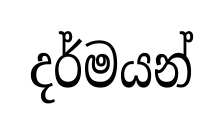
දර්මයන්